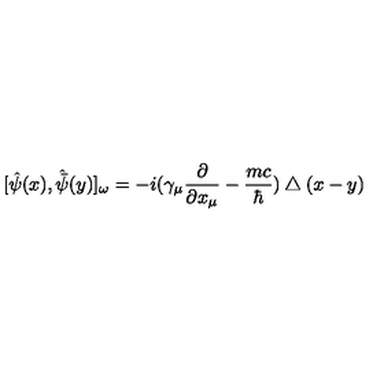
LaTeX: [ \hat { \psi } ( x ) , \hat { \bar { \psi } } ( y ) ] _ { \omega } = - i ( \gamma _ { \mu } \frac { \partial } { \partial x _ { \mu } } - \frac { m c } { \hbar } ) \bigtriangleup ( x - y )